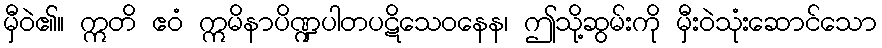
မှီဝဲ၏။ ဣတိ ဧဝံ ဣမိနာပိဏ္ဍပါတပဋိသေဝနေန၊ ဤသို့ဆွမ်းကို မှီးဝဲသုံးဆောင်သော